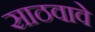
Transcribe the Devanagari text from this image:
साठवावे